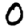
Digit: 0